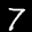
Label: 7